Board of Education Examinations in Art and in Science and Technology, and Examinations of the City and Guilds of London Institute, 1919, 1919
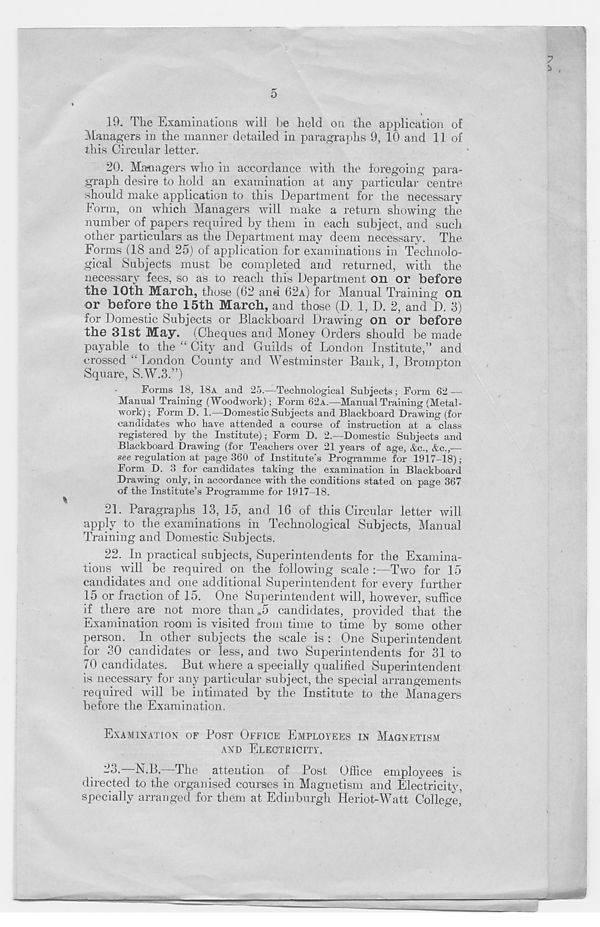
7
5
19. The Examinations will be held on the application of
Managers in the manner detailed in paragraphs 9, 10 and 11 of
this Circular letter.
20. Managers who in accordance with the foregoing para*
graph desire to hold an examination at any particular centre
should make application to this Department for the necessary
Form, on which Managers will make a return showing the
number of papers required by them in each subject, and such
other particulars as the Department may deem necessary. The
Forms (18 and 25) of application for examinations in Technolo-
gical Subjects must be completed and returned, with the
necessary fees, so as to reach this Department on or before
the 10th March, those (62 and 62A) for Manual Training on
or before the 15th March, and those (D 1, D. 2, and D. 3)
for Domestic Subjects or Blackboard Drawing on or before
the 31st May. (Cheques and Money Orders should be made
payable to the “ City and Guilds of London Institute,” and
crossed “London County and Westminster Bank, 1, Brompton
Square, S.W.3.”)
Forms 18, 18A and 25.—Technological Subjects; Form 62 —•
Manual Training (Woodwork); Form 62A.—Manual Training (Metal-
work); Form D. 1.—Domestic Subjects and Blackboard Drawing (for
candidates who have attended a course of instruction at a class
registered by the Institute); Form D. 2.—Domestic Subjects and
Blackboard Drawing (for Teachers over 21 years of age, &c., &e.,—
see regulation at page 360 of Institute’s Programme for 1917-18);
Form D. 3 for candidates taking the examination in Blackboard
Drawing only, in accordance with the conditions stated on page 367
of the Institute’s Programme for 1917-18.
21. Paragraphs 13, 15, and 16 of this Circular letter will
apply to the examinations in Technological Subjects, Manual
Training and Domestic Subjects.
22. In practical subjects, Superintendents for the Examina-
tions will be required on the following scale :—Two for 15
candidates and one additional Superintendent for every further
15 or fraction of 15. One Superintendent will, however, suffice
if there are not more than .5 candidates, provided that the
Examination room is visited from time to time by some other
person. In other subjects the scale is : One Superintendent
for 30 candidates or less, and two Superintendents for 31 to
70 candidates. But where a specially qualified Superintendent
is necessary for any particular subject, the special arrangements
required will be intimated by the Institute to the Managers
before the Examination.
EXAMINATION OF POST OFFICE EMPLOYEES IN MAGNETISM
AND ELECTRICITY.
23.
—N.B.—The attention of Post Offi
directed to the organised courses in Magnetism and Electricity,
specially arranged for them at Edinburgh Heriot-Watt College,'